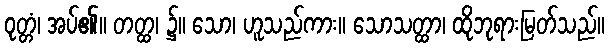
ဝုတ္တံ၊ အပ်၏။ တတ္ထ၊ ၌။ သော၊ ဟူသည်ကား။ သောသတ္ထာ၊ ထိုဘုရားမြတ်သည်။